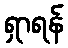
ရှာရန်